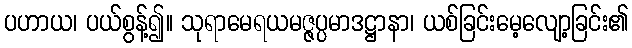
ပဟာယ၊ ပယ်စွန့်၍။ သုရာမေရယမဇ္ဇပ္ပမာဒဋ္ဌာနာ၊ ယစ်ခြင်းမေ့လျော့ခြင်း၏